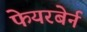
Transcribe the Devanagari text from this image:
फेयरबेर्न